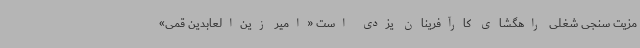
مزیت سنجی شغلی راهگشای کارآفرینان یزدی است «امیر زین‌العابدین قمی»